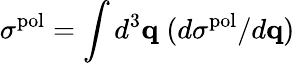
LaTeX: \sigma^{\mathrm{pol}}=\int d^{3}{\mathbf q}\; (d\sigma^{\mathrm{pol}}/d{\mathbf q})